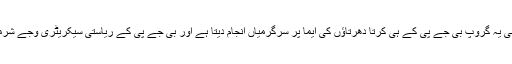
واضح رہے” ہندو ایکتا منچ“ نامی یہ گروپ بی جے پی کے ہی کرتا دھرتاﺅں کی ایما پر سرگرمیاں انجام دیتا ہے اور بی جے پی کے ریاستی سیکریٹری وجے شرما اس گروپ کے پریذیڈنٹ ہیں۔